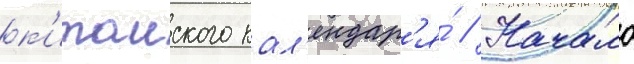
к'итаиского кал'ендар'я́ // Начало